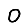
Digit: 0